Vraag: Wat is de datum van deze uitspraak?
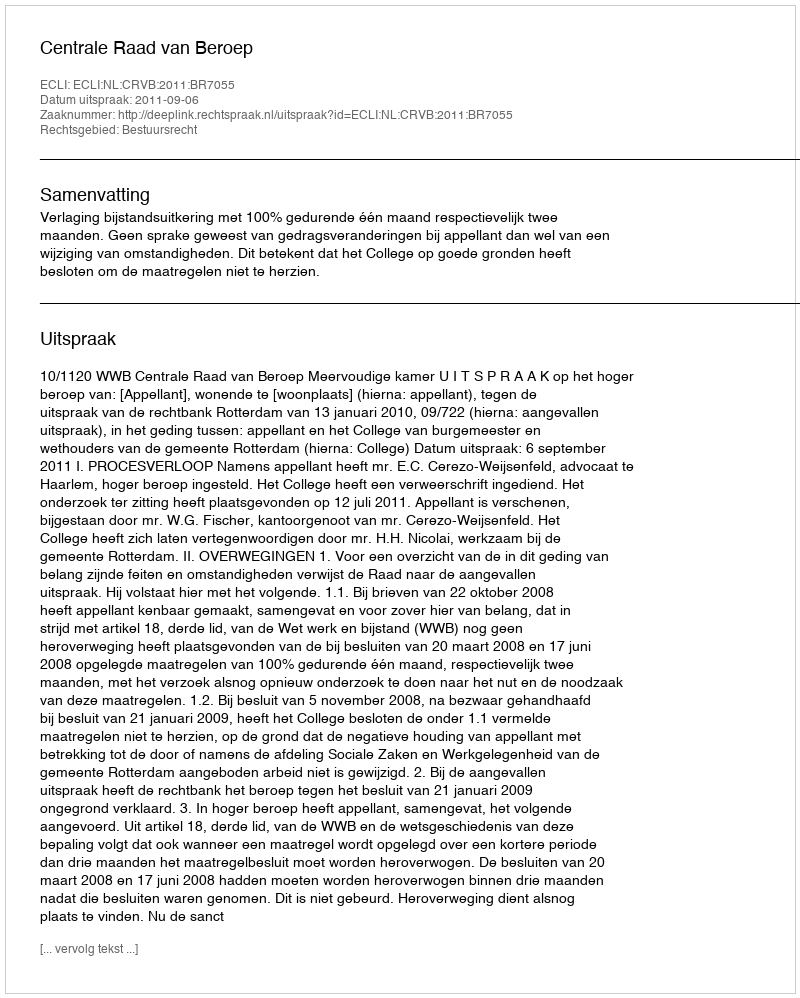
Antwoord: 2011-09-06